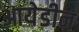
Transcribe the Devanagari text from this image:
आयेडीन